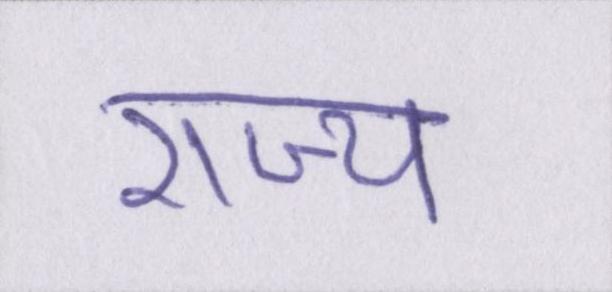
राज्य